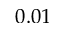
0 . 0 1